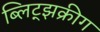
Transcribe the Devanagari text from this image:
ब्लिट्झक्रीग